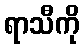
ရာသီကို